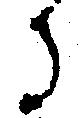
る